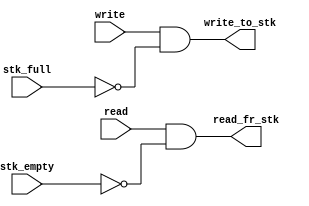
module fifo_control_unit(
    output write_to_stk, read_fr_stk,
    input  write, read, stk_full, stk_empty
);
  assign write_to_stk = write && (!stk_full);
  assign read_fr_stk = read && (!stk_empty);
endmodule